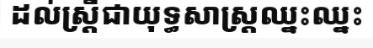
ដល់ស្ត្រីជាយុទ្ធសាស្ត្រឈ្នះឈ្នះ